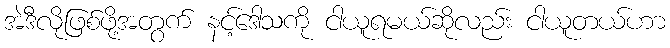
အဲဒီလိုဖြစ်ဖို့အတွက် နင့်ဒေါသကို ငါယူရမယ်ဆိုလည်း ငါယူတယ်ဟာ